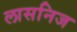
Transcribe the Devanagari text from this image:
लासनिज